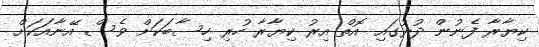
ކިޔާރާ ފެނުން ދުރުގައި އޮތް އިރު ކިޔާރާ ހުރި ހިސާބަކަށް ވެސް އޭނާއަކަށް